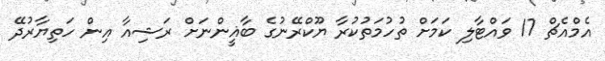
އެމްއެޗް 17 ވައްޓާލި ކަމަށް ތުހުމަތުކުރާ ޔޫކްރޭނުގެ ބާޣީންނަށް ރަޝިއާ އިން ހަތިޔާރުދޭ